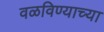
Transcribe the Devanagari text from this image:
वळविण्याच्या